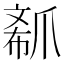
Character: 𤔟